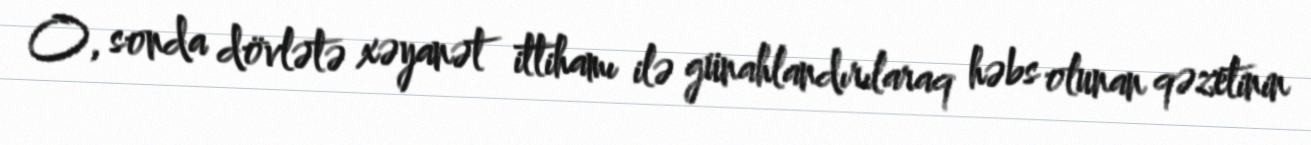
O, sonda dövlətə xəyanət ittihamı ilə günahlandırılaraq həbs olunan qəzetinin